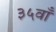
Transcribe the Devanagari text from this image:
३५वाँ